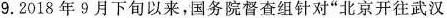
9.2018年9月下旬以来，国务院督查组针对“北京开往武汉